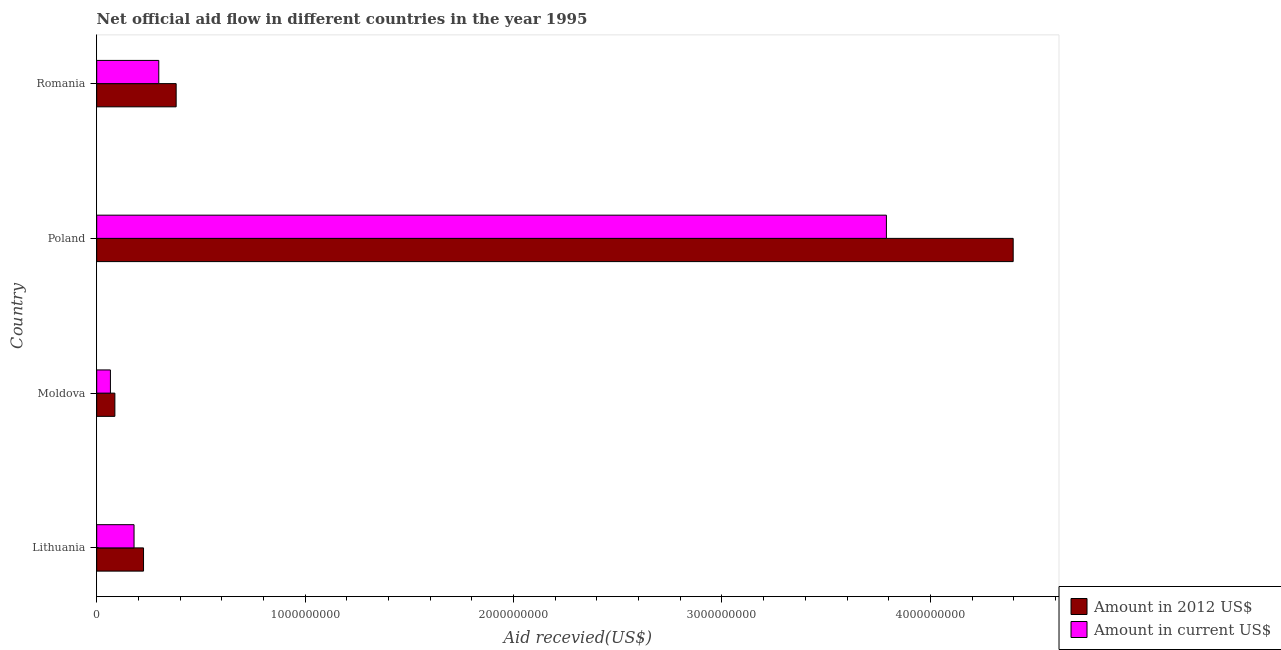
| Country | Amount in 2012 US$ | Amount in current US$ |
 | --- | --- | --- |
 | Lithuania | 2.25e+08 | 1.79e+08 |
 | Moldova | 8.72e+07 | 6.58e+07 |
 | Poland | 4.4e+09 | 3.79e+09 |
 | Romania | 3.81e+08 | 2.98e+08 |